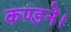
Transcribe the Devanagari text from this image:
कण्डने।